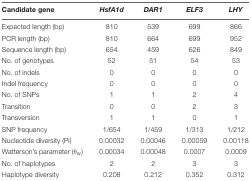
<table><thead><tr><td><b>Candidate gene</b></td><td><b><i>HsfA1d</i></b></td><td><b><i>DAR1</i></b></td><td><b><i>ELF3</i></b></td><td><b><i>LHY</i></b></td></tr></thead><tbody><tr><td>Expected length (bp)</td><td>810</td><td>539</td><td>699</td><td>866</td></tr><tr><td>PCR length (bp)</td><td>810</td><td>664</td><td>699</td><td>952</td></tr><tr><td>Sequence length (bp)</td><td>654</td><td>459</td><td>626</td><td>849</td></tr><tr><td>No. of genotypes</td><td>52</td><td>51</td><td>54</td><td>53</td></tr><tr><td>No. of indels</td><td>0</td><td>0</td><td>0</td><td>0</td></tr><tr><td>Indel frequency</td><td>0</td><td>0</td><td>0</td><td>0</td></tr><tr><td>No. of SNPs</td><td>1</td><td>1</td><td>2</td><td>4</td></tr><tr><td>Transition</td><td>0</td><td>0</td><td>2</td><td>3</td></tr><tr><td>Transversion</td><td>1</td><td>1</td><td>0</td><td>1</td></tr><tr><td>SNP frequency</td><td>1/654</td><td>1/459</td><td>1/313</td><td>1/212</td></tr><tr><td>Nucleotide diversity (Pi)</td><td>0.00032</td><td>0.00046</td><td>0.00059</td><td>0.00118</td></tr><tr><td>Watterson’s parameter (θ<sub>w</sub>)</td><td>0.00034</td><td>0.00048</td><td>0.0007</td><td>0.0009</td></tr><tr><td>No. of haplotypes</td><td>2</td><td>2</td><td>3</td><td>3</td></tr><tr><td>Haplotype diversity</td><td>0.208</td><td>0.212</td><td>0.352</td><td>0.312</td></tr></tbody></table>